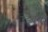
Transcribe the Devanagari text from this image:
श्टेट्स